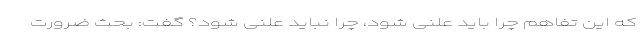
که این تفاهم چرا باید علنی شود، چرا نباید علنی شود؟ گفت: بحث ضرورت